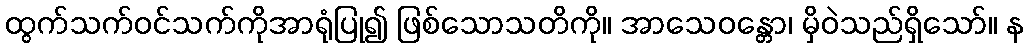
ထွက်သက်ဝင်သက်ကိုအာရုံပြု၍ ဖြစ်သောသတိကို။ အာသေဝန္တော၊ မှိဝဲသည်ရှိသော်။ န